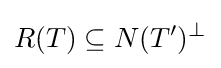
R(T)\subseteq N(T')^{\perp }